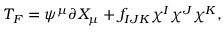
T _ { F } = \psi ^ { \mu } \partial X _ { \mu } + f _ { I J K } \chi ^ { I } \chi ^ { J } \chi ^ { K } ,